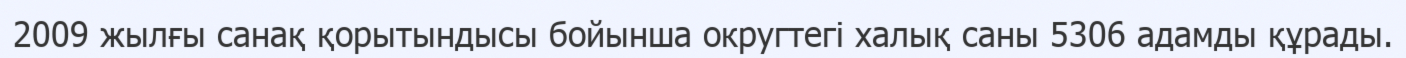
2009 жылғы санақ қорытындысы бойынша округтегі халық саны 5306 адамды құрады.